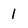
Character: 1